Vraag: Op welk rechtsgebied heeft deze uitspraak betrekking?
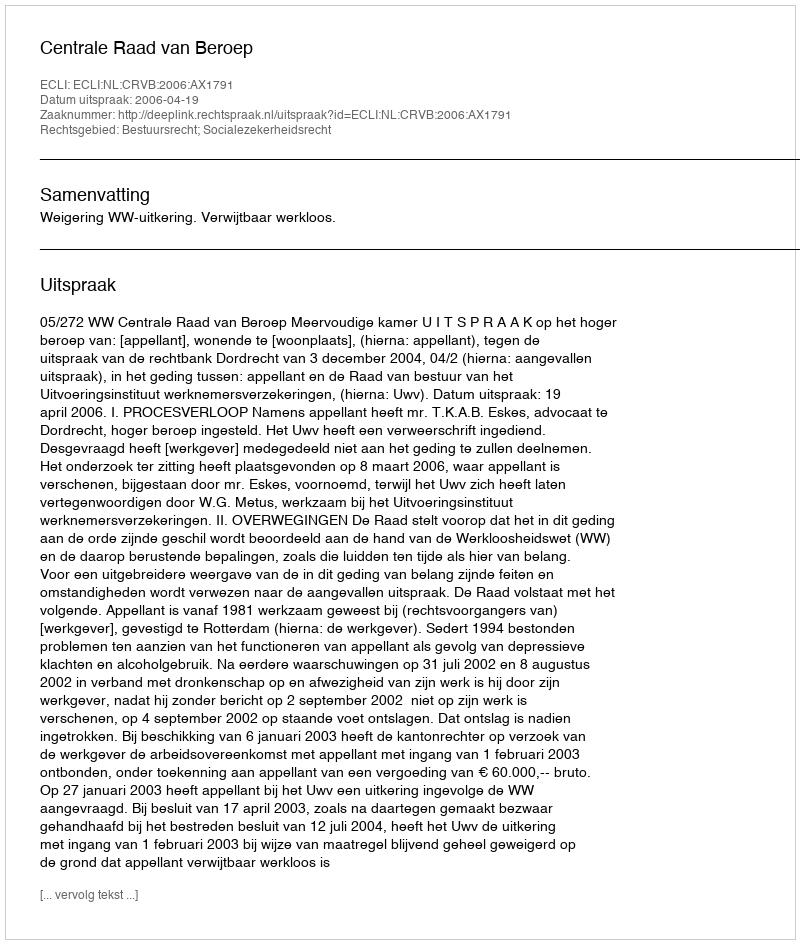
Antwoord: Bestuursrecht; Socialezekerheidsrecht